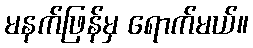
မနက်ဖြန်မှ ရောက်မယ်။